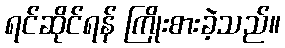
ရင်ဆိုင်ရန် ကြိုးစားခဲ့သည်။